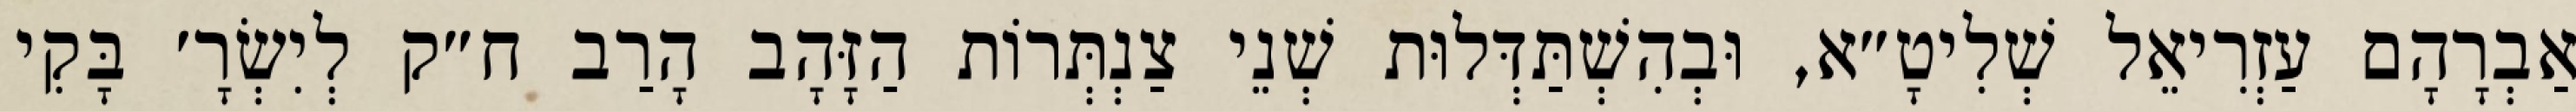
אַבְרָהָם עַזְרִיאֵל שְׁלִיטָ״א, וּבְהִשְׁתַּדְּלוּת שְׁנֵי צַנְתְּרוֹת הַזָּהָב הָרַב ח״ק לְיִשְׂרָ׳ בָּקִי